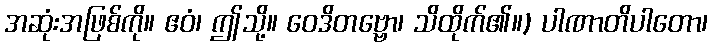
အဆုံးအဖြစ်ကို။ ဧဝံ၊ ဤသို့။ ဝေဒိတဗ္ဗော၊ သိထိုက်၏။) ပါဏာတိပါတော၊